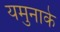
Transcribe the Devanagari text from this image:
यमुनाके